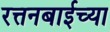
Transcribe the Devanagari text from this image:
रत्तनबाईच्या